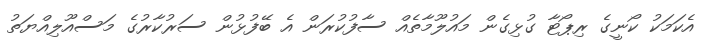
އެކަމަކު ކޯނީގެ ރިޕޯޓާ ގުޅިގެން މައުލޫމާތެއް ސާފުކުރަން އެ ބޭފުޅުން ސަރުކާރުގެ މަސްއޫލިއްޔަތު